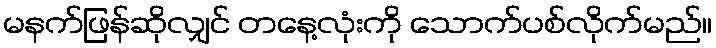
မနက်ဖြန်ဆိုလျှင် တနေ့လုံးကို သောက်ပစ်လိုက်မည်။